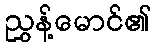
ညွှန့်မောင်၏